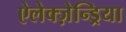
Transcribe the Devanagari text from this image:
ऐलेक्ज़ेन्ड्रिया